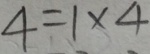
4 = 1 \times 4